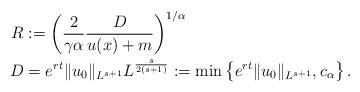
LaTeX: \begin{align*}\begin{aligned}R &:= \left(\frac{2}{\gamma\alpha} \frac{D}{u(x)+ m}\right)^{1/\alpha} \\ D&=e^{rt}\| u_0 \|_{L^{s+1}} L^\frac{s}{2(s+1)} := \min \left\{e^{rt} \|u_0\|_{L^{s+1}} , c_{\alpha}\right\}.\end{aligned}\end{align*}